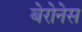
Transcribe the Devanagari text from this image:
बेरोनेस